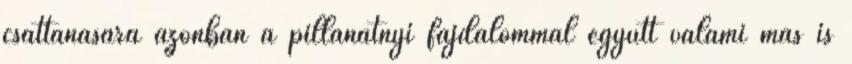
csattanására azonban a pillanatnyi fájdalommal együtt valami más is